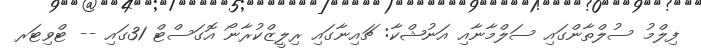
ފިލްމު ސުލްތާންގައި ސަލްމާނާއި އަނުޝްކާ: ޗައިނާގައި ރިލީޒްކުރާނޯ އޮގަސްޓް 31ގައި -- ޓްވިޓަރ